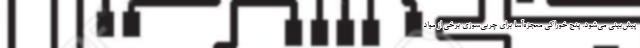
پیش‌بینی می‌شود. پنج خوراکی معجزه‌آسا برای چربی‌سوزی برخی از مواد